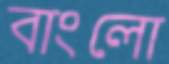
বাংলো